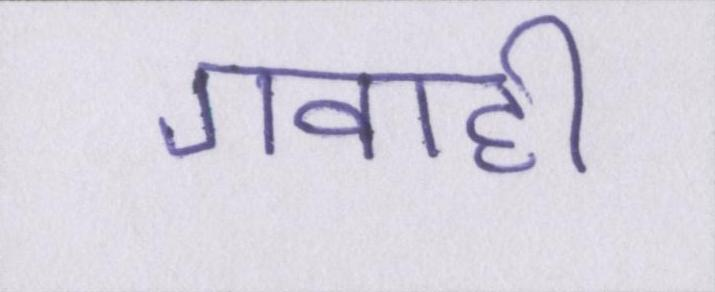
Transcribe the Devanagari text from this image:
गवाही